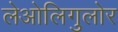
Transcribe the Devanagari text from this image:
लेओलिगुलोर